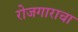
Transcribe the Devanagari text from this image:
रोजगाराचा